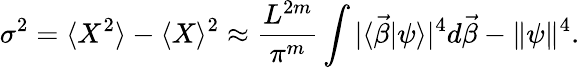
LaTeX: \sigma^{2}=\langle X^{2}\rangle-\langle X\rangle^{2}\approx\frac{L^{2m}}{\pi^{m}}\int|\langle\vec{\beta}|\psi\rangle|^{4}d\vec{\beta}-\| \psi\| ^{4}.